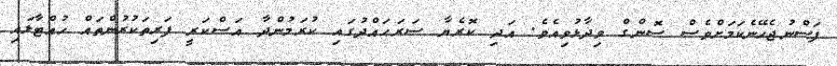
ފަސްނުޖެހޭނެކަމަށްވެސް ސޮންގް ވިދާޅުވިއެވެ. އަދި ކޮރެޔާ ސަރަޙައްދުގައި ކުރަމުންދާ އަސްކަރީ ފަރިތަކުރުންތައް ހުއްޓާލައި